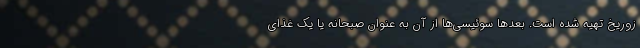
زوریخ تهیه شده است. بعدها سوئیسی‌ها از آن به‌ عنوان صبحانه یا یک غذای